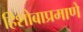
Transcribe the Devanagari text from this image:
हिशोबाप्रमाणे